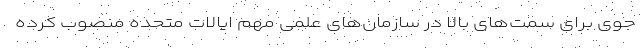
جوی برای سمت‌های بالا در سازمان‌های علمی مهم ایالات متحده منصوب کرده